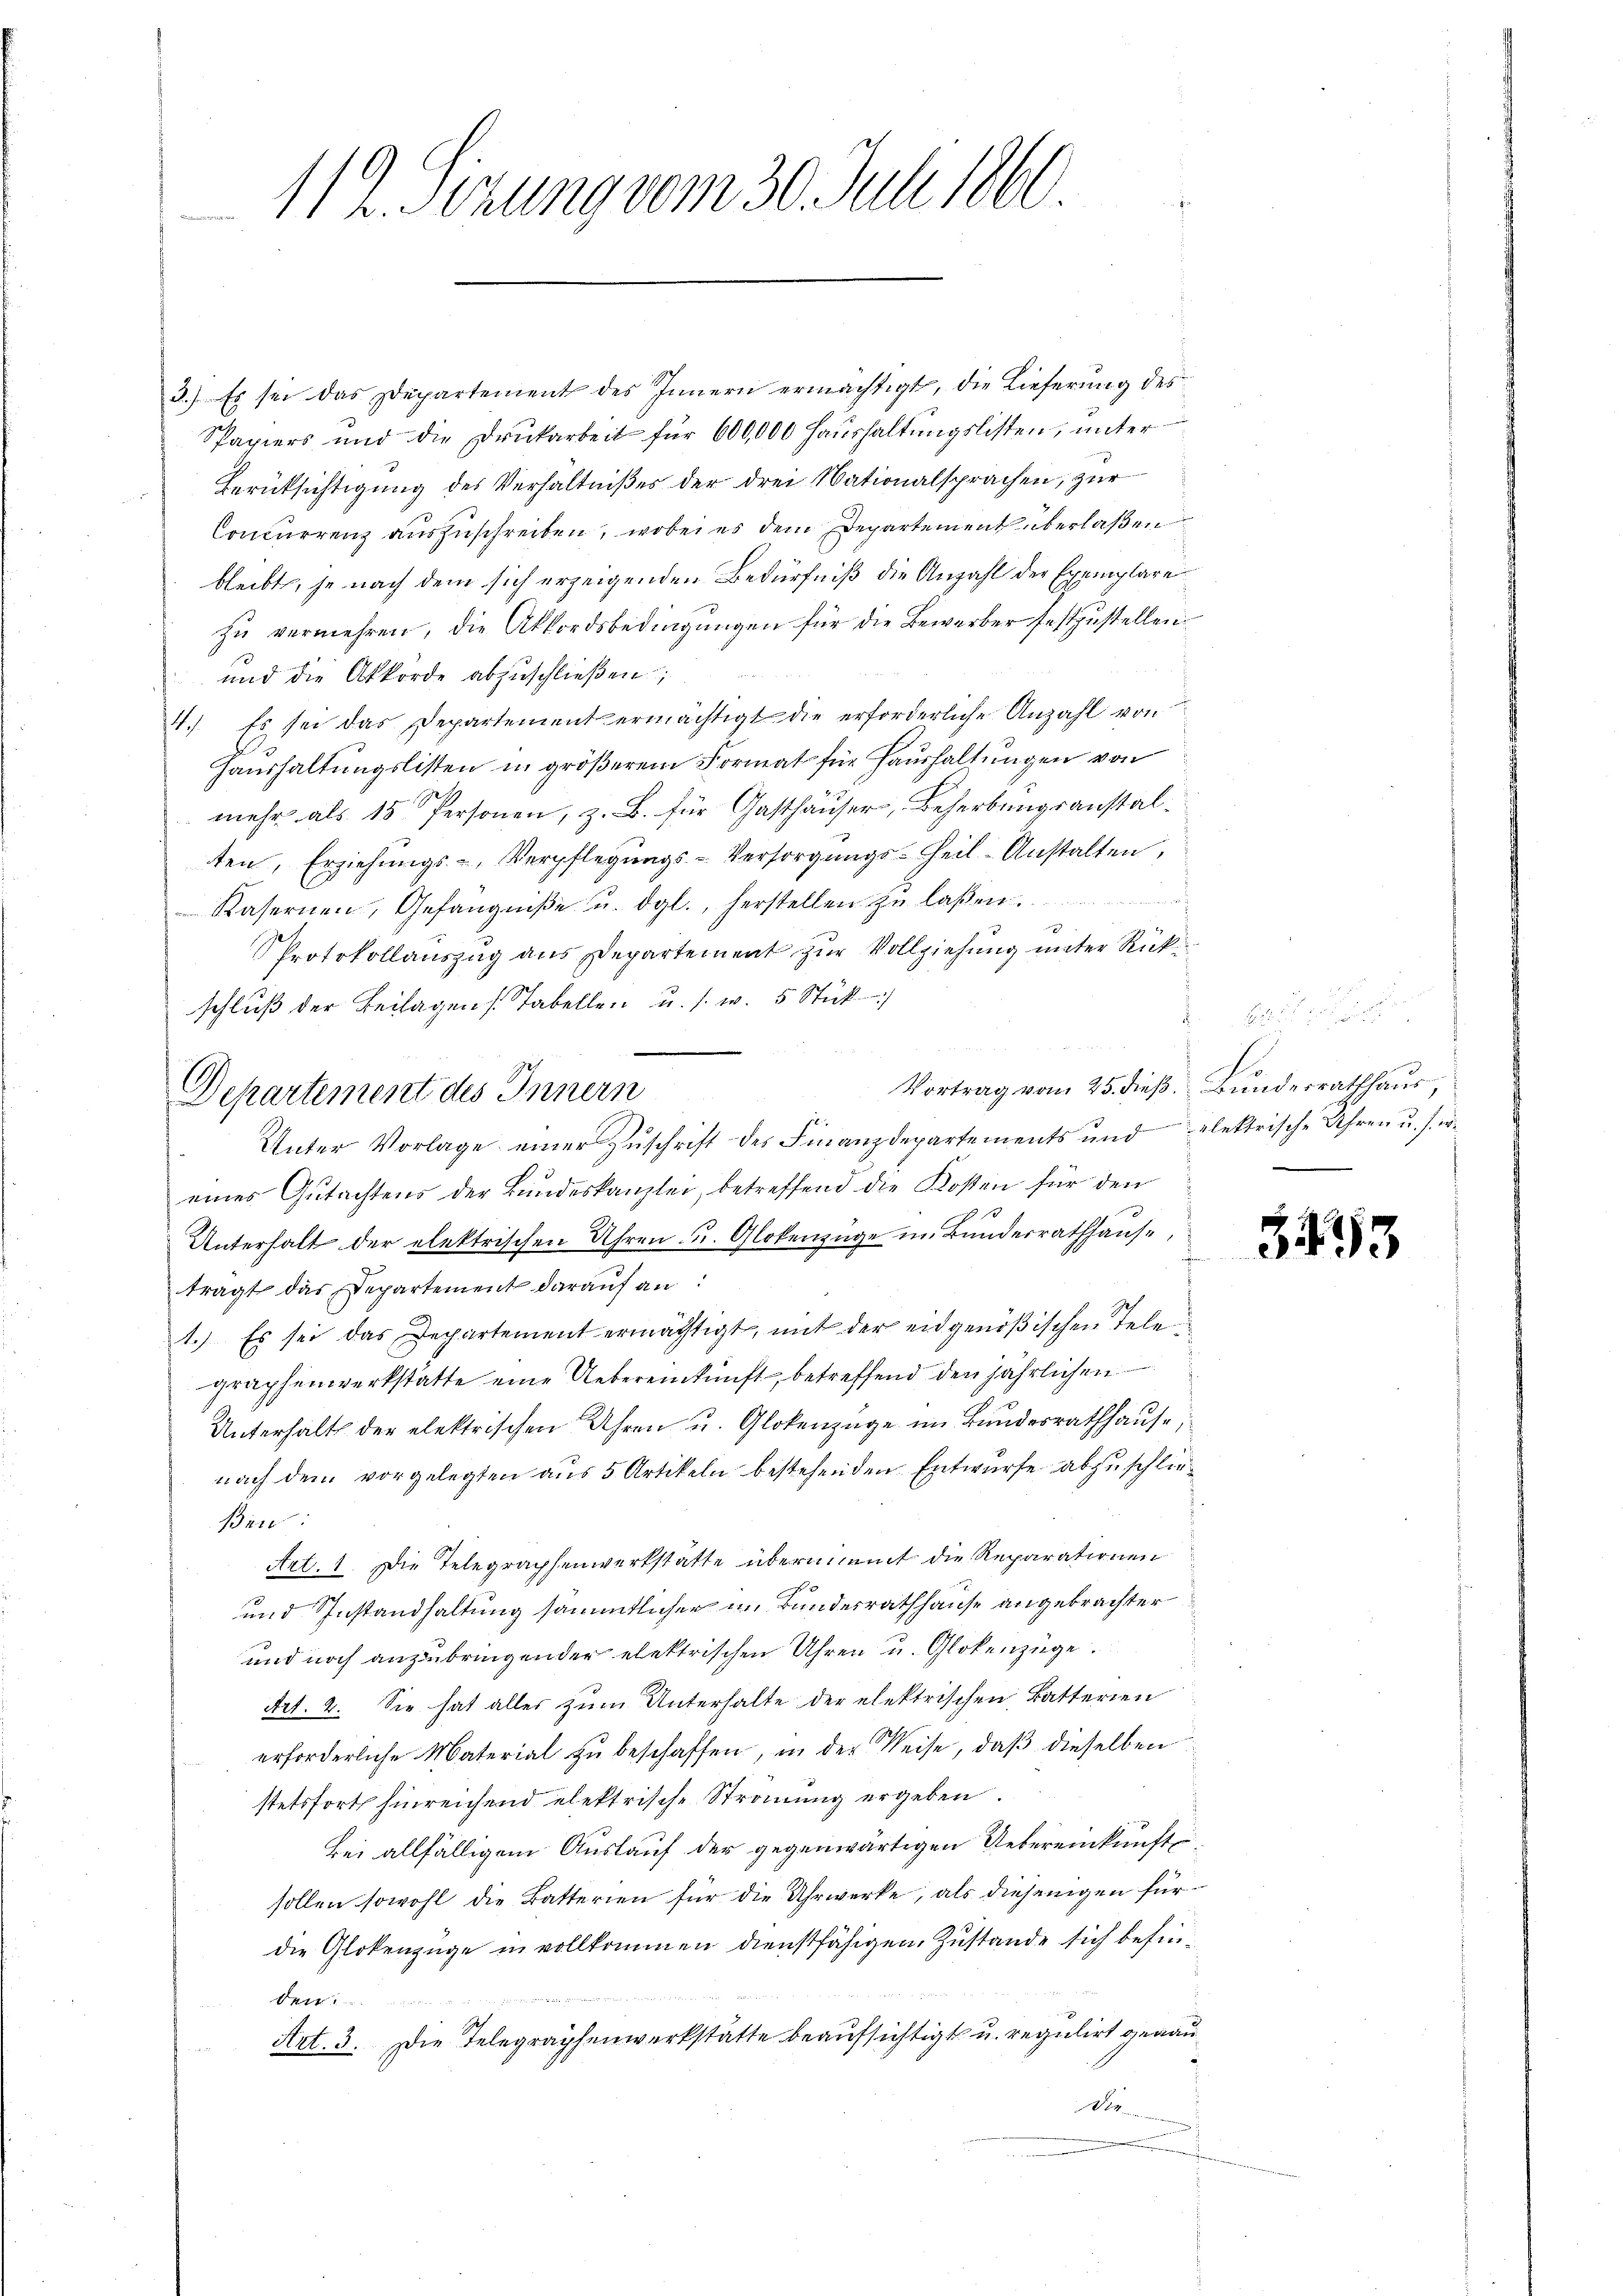
112. Sizung vom 30. Juli 1860.

3.) Es sei das Departement des Innern ermächtigt, die Lieferung des
Spapiers und die Druckarbeit für 600,000 Haushaltungslisten, unter
Berücksichtigung des Verhältnißes der drei Nationalsprachen, zur
Concurrenz auszuschreiben, wobei es dem Departement überlaßen
bleibt, je nach dem sich erzeigenden Bedürfniß die Anzahl der Exemplare
zŭ vermehren, die Akkordsbedingungen für die Bewerber festzustellen.
und die Akkorde abzuschließen;
4.) Es sei das Departement ermächtigt die erforderliche Anzahl von
Haushaltungslisten in größerem Format für Haushaltungen von
mehr als 15 Personen, z. B. für Gasthäuser, Beherbungsanstalten, Erziehŭngs-Verpflegŭngs-Versorgŭngs-Heil-Anstalten,
Kasernen, Gefängniße u. dgl., herstellen zu laßen
Protokollauszug aus Departement zur Vollziehung unter Rückschluß der Beilagen Tabellen u. s. w. 5 Stück
Unter Vorlage einer Zuschrift des Finanzdepartements und elektrische Uhren u. s. w.
eines Gutachtens der Bundeskanzlei, betreffend die Kosten für den
Unterhalt der elektrischen Uhren- u. Glokenzüge im Bunderrathhause,
trägt das Departement darauf an:
1.) Es sei das Departement ermächtigt, mit der eidgenößischen Tele
graphenwerkstatte eine Uebereinkunft, betreffend den jährlichen
Unterhalt der elektrischen Uhren u. Glokenzüge im Bundesrathhause,
nach dem vorgelegten aus 5 Artikeln bestehenden Entwurfe abzuschließen:
Art. 1. Die Telegraphenwerkstätte übernimmt die Reparationen
und Instandhaltung sämmtlicher im Bundesrathhause angebrachter
und noch anzubringender elektrischen Uhren u. Glokenzüge.
Art. 2. Sie hat alles zum Unterhalte der elektrischen Batterien
erforderliche Material zŭ beschaffen, in der Weise, daβ dieselben
stetsforts hinreichend elektrische Strömung ergeben.
Bei allfälligem Auslauf der gegenwärtigen Uebereinkunftsollen sowohl die Batterien für die Uhrwerke, als diejenigen fürdie Glokenzüge in vollkommen dienstfähigen Zustande sich befinden.
Art. 3. Die Telegraphenwerkstatte beaufsichtigt u. regulirt gegan¬
89

Departement des Innern

Vortrag vom 25. dieß. Bunderrathhaus,
e

3473